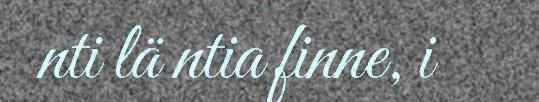
nti lä ntia finne, i